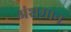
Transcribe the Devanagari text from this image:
अंशमान